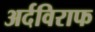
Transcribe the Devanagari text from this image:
अर्दविराफ